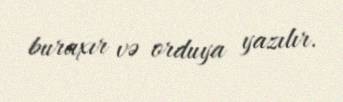
buraxır və orduya yazılır.